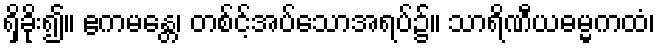
ရှိခိုး၍။ ဧကမန္တေ၊ တစ်င့်အပ်သောအရပ်၌။ သာရိဏီယဓမ္မကထံ၊